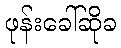
ဖုန်းခေါ်ဆိုခ